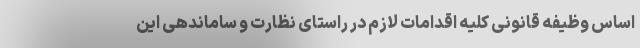
اساس وظیفه قانونی کلیه اقدامات لازم در راستای نظارت و ساماندهی این